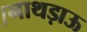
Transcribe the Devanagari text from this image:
।नाथड़ाऊ